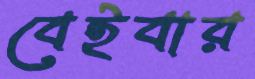
বেইবার